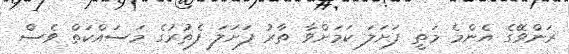
ރަންވޭގެ އެންމެ މަތީ ފަށަލަ ކަމަށްވާ ތާރު ފަށަލަ ފެތުރުގެ މަސައްކަތް ވެސް